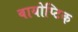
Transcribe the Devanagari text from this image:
बायोप्टिक